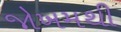
જોખમથી